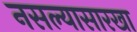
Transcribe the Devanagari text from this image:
नसल्यासारखा